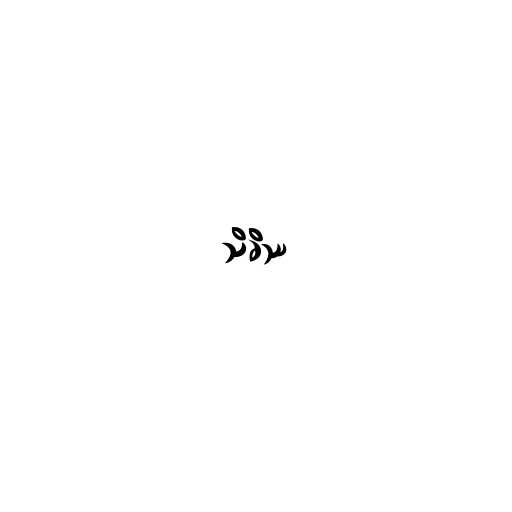
သိခိဿ